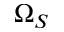
\Omega _ { S }